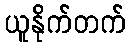
ယူနိုက်တက်